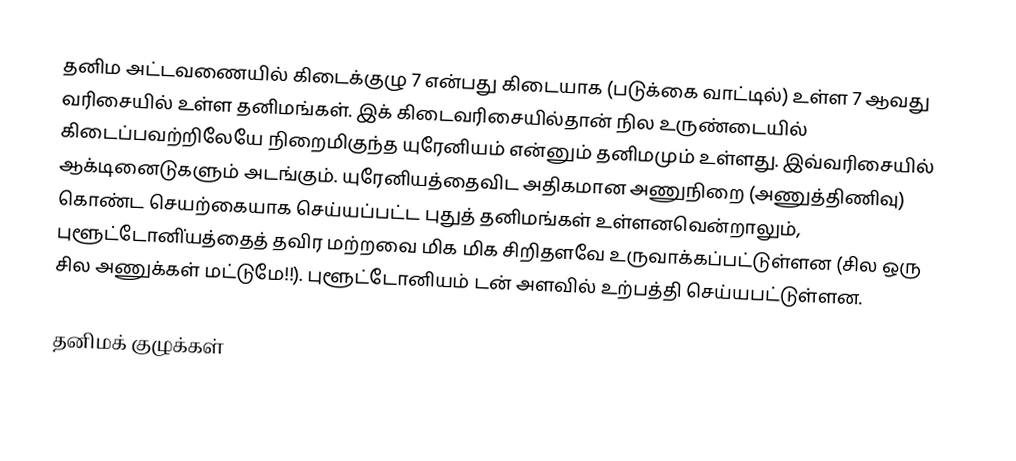
தனிம அட்டவணையில் கிடைக்குழு 7 என்பது கிடையாக (படுக்கை வாட்டில்) உள்ள 7 ஆவது வரிசையில் உள்ள தனிமங்கள். இக் கிடைவரிசையில்தான் நில உருண்டையில் கிடைப்பவற்றிலேயே நிறைமிகுந்த யுரேனியம் என்னும் தனிமமும் உள்ளது. இவ்வரிசையில் ஆக்டினைடுகளும் அடங்கும். யுரேனியத்தைவிட அதிகமான அணுநிறை (அணுத்திணிவு) கொண்ட செயற்கையாக செய்யப்பட்ட புதுத் தனிமங்கள் உள்ளனவென்றாலும், புளூட்டோனி்யத்தைத் தவிர மற்றவை மிக மிக சிறிதளவே உருவாக்கப்பட்டுள்ளன (சில ஒரு சில அணுக்கள் மட்டுமே!!). புளூட்டோனியம் டன் அளவில் உற்பத்தி செய்யபட்டுள்ளன.

தனிமக் குழுக்கள்